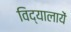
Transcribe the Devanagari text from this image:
विद्यालायें